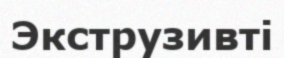
Экструзивті